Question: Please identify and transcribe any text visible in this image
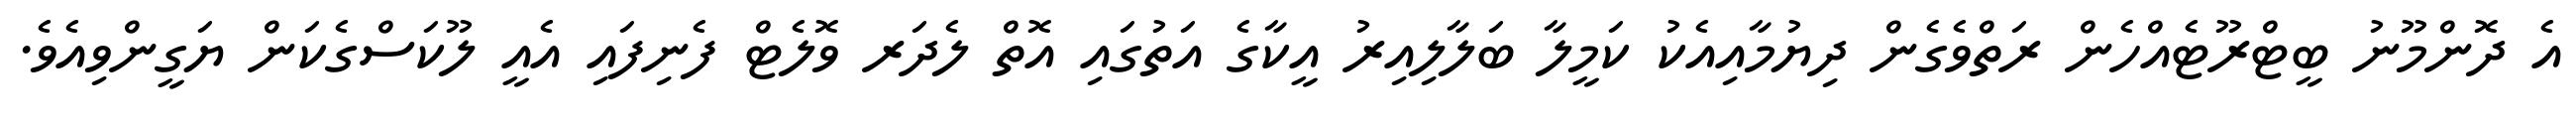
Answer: އެ ދޮންމޫނު ބީޓްރޫޓެއްހެން ރަތްވެގެން ދިޔުމާއިއެކު ކަމީލާ ބަލާލިއިރު އީކާގެ އަތުގައި އޮތް ލެދަރ ވޮލެޓް ފެނިފައި އެއީ ލޫކަސްގެކަން ޔަގީންވިއެވެ.